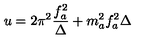
u = 2 \pi ^ { 2 } \frac { f _ { a } ^ { 2 } } { \Delta } + m _ { a } ^ { 2 } f _ { a } ^ { 2 } \Delta